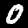
Label: 0